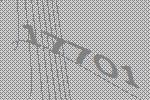
17701